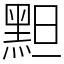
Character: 䵣